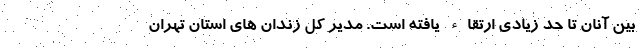
بین آنان تا حد زیادی ارتقاء یافته است. مدیر کل زندان های استان تهران